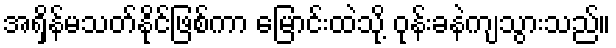
အရှိန်မသတ်နိုင်ဖြစ်ကာ မြောင်းထဲသို့ ဝုန်းခနဲကျသွားသည်။